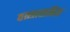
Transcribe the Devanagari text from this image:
वत्सासहित